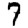
Digit: 7